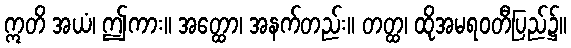
ဣတိ အယံ၊ ဤကား။ အတ္ထော၊ အနက်တည်း။ တတ္ထ၊ ထိုအမရဝတီပြည်၌။